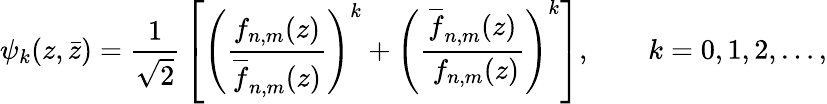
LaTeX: \psi_{k}(z,\bar{z})={\frac{1}{\sqrt 2}}\left[\left({\frac{f_{n,m}(z)}{\overline{{f}}_{n,m}(z)}}\right)^{k}+\left({\frac{\overline{{{f}}}_{n,m}(z)}{\ f_{n,m}(z)}}\right)^{k}\right],\qquad k=0,1,2,\ldots,